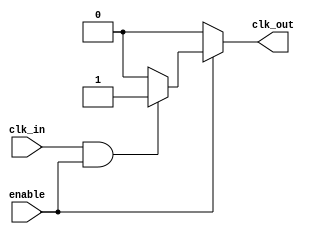
module LowPowerClockBuffer (
    input wire clk_in,          // Clock input
    input wire enable,          // Enable signal
    output wire clk_out         // Buffered clock output
);

    // Internal signals
    wire clk_buf;               // Buffered clock signal after input stage

    // Input Stage: Schmitt Trigger equivalent buffer
    // In practice, you would use a Schmitt trigger buffer from a library
    // Here we use a simple inverter as a placeholder
    wire clk_in_buf;
    assign clk_in_buf = (clk_in & enable) ? 1'b1 : 1'b0; // Simple conditioning with enable

    // Core Buffering Stage using inverters for low power
    wire clk_buf1, clk_buf2;
    assign clk_buf1 = clk_in_buf; // First buffer stage
    assign clk_buf2 = clk_buf1;    // Second buffer stage

    // Output Stage: Final output buffer
    assign clk_out = enable ? clk_buf2 : 1'b0; // Output driven only if enabled

endmodule